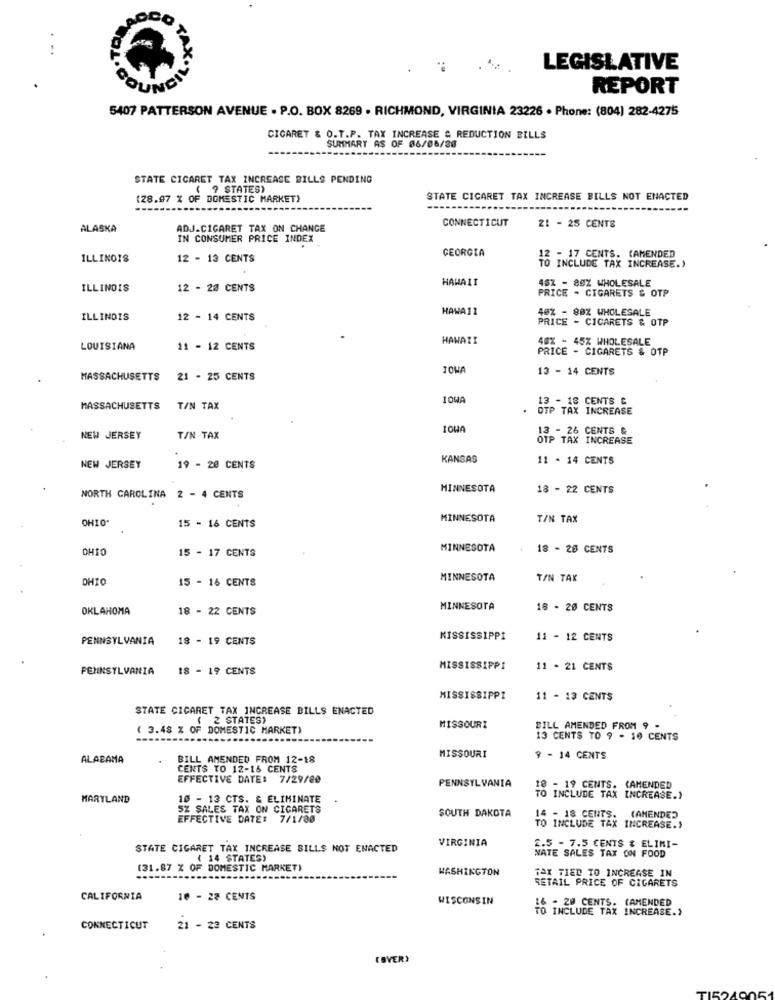
. ..
.
LEGISLATIVE
COUNCI
REPORT
5407 PATTERSON AVENUE . P.O. BOX 8269 . RICHMOND, VIRGINIA 23226 · Phone: (804) 282-4275
CIGARET & O.T.P. TAX INCREASE & REDUCTION BILLS
SUMMARY AS OF 06/06/20
STATE CICARET TAX INCREASE BILLS PENDING
(? STATES)
(28.97 % OF DOMESTIC MARKET)
STATE CICARET TAX INCREASE BILLS NOT ENACTED
CONNECTICUT
ALASKA
ADJ.CIGARET TAX ON CHANGE
21 - 25 CENTS
IN CONSUMER PRICE INDEX
GEORGIA
ILLINOIS
12 - 13 CENTS
12 - 17 CENTS. (AMENDED
TO INCLUDE TAX INCREASE.)
HAWAII
45% - 80% WHOLESALE
ILLINOIS
12 - 20 CENTS
PRICE . CIGARETS & OTP
HAWAI1
40% - 80% WHOLESALE
ILLINOIS
12 - 14 CENTS
PRICE - CIGARETS & OTP
HAWAII
40% - 45% WHOLESALE
LOUISIANA
11 - 12 CENTS
PRICE - CIGARETS & OTP
TOWA
13 - 14 CENTS
MASSACHUSETTS
21 - 25 CENTS
13 - 18 CENTS &
MASSACHUSETTS
TIN TAX
OTP TAX INCREASE
IOWA
13- 26 CENTS &
NEW JERSEY
TIN TAX
KANSAS
11 . 14 CENTS
NEW JERSEY
19 - 20 CENTS
MINNESOTA
18 - 22 CENTS
NORTH CAROLINA 2 - 4 CENTS
OHIO"
MINNESOTA
T/N TAX
15 - 16 CENTS
OHIO
15 - 17 CENTS
MINNESOTA
18 - 26 CENTS
OHIO
15 - 16 CENTS
MINNESOTA
T/N TAX
OKLAHOMA
18 - 22 CENTS
MINNESOTA
18 - 20 CENTS
PENNSYLVANIA
18 - 19 CENTS
MISSISSIPPI
11 - 12 CENTS
PENNSYLVANIA
18 - 19 CENTS
MISSISSIPPI
11 - 21 CENTS
MISSISSIPPI
11 - 13 CENTS
STATE CIGARET TAX INCREASE BILLS ENACTED
( 2 STATES)
( 3.48 % OF DOMESTIC MARKET)
MISSOURI
BILL AMENDED FROM 9 -
13 CENTS TO 9 - 10 CENTS
ALABAMA
BILL AMENDED FROM 12-18
MISSOURI
9 - 14 CENTS
CENTS TO 12-16 CENTS
EFFECTIVE DATE: 7/29/00
PENNSYLVANIA
18 - 19 CENTS. CAMENDED
MARYLAND
10 - 13 CTS. & ELIMINATE
TO INCLUDE TAX INCREASE.)
SZ SALES TAX ON CIGARETS
SOUTH DAKOTA
EFFECTIVE DATE: 7/1/80
14 - 18 CENTS.
(AMENDED
TO INCLUDE TAX INCREASE.)
VIRGINIA
STATE CIGARET TAX INCREASE BILLS NOT ENACTED
2.5 - 7.5 CENTS & ELIMI-
( 14 STATES)
NATE SALES TAX ON FOOD
(31.87 % OF DOMESTIC MARKET)
WASHINGTON
TAX TIED TO INCREASE IN
RETAIL PRICE OF CIGARETS
CALIFORNIA
10 - 22 CENTS
WISCONSIN
16 - 20 CENTS. (AMENDED
TO INCLUDE TAX INCREASE.)
CONNECTICUT
21 - 22 CENTS
COVER)